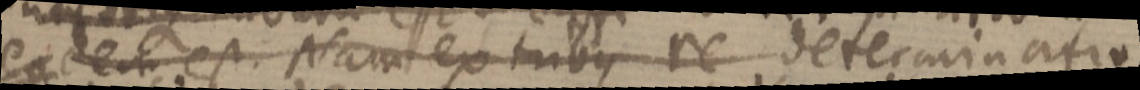
eadem est. Nam ex tribus re determinatio